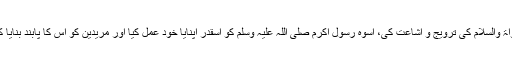
آپ جہاں رہے وہاں سنۃ نبویہ علیٰ صاحبہا الصلواۃ والسلام کی ترویج و اشاعت کی، اسوہ رسول اکرم صلّی اللہ علیہ وسلم کو اسقدر اپنایا خود عمل کیا اور مریدین کو اس کا پابند بنایا کہ حال یا ماضی قریب میں اسکی نظیر نہیں ملتی۔